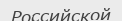
Российской